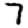
Digit: 7